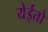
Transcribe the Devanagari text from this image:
येईतो